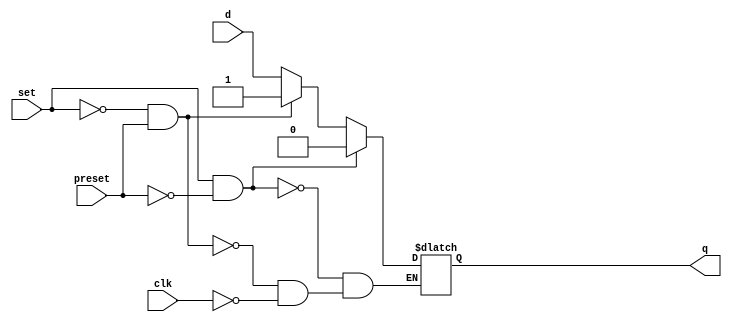
// This program was cloned from: https://github.com/intel/aib-phy-hardware
// License: Apache License 2.0

// SPDX-License-Identifier: Apache-2.0
// Copyright (C) 2019 Intel Corporation. All rights reserved
module aibnd_hgy_latch (
	input wire set,
	input wire preset,
	input wire clk,
	input wire d,
	output reg q
);

always@(*) begin
	if (set && !preset) begin
		q <= 0;
	end
	else if (!set && preset) begin
		q <= 1;
	end
	else begin
		if (clk)
			q <= d;
	end
end	
endmodule